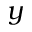
y